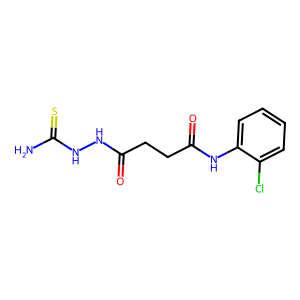
SMILES: NC(=S)NNC(=O)CCC(=O)Nc1ccccc1Cl
Inhibits HIV replication: No